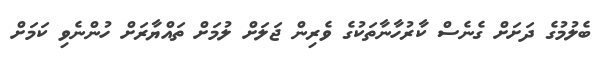
ބެލުމުގެ ދަށަށް ގެނެސް ކާރުހާނާތަކުގެ ވެރިން ޖަލަށް ލުމަށް ތައްޔާރަށް ހުންނެވި ކަމަށް